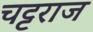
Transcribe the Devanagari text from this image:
चट्टराज